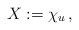
\begin{align*}X := \chi_u \,,\end{align*}